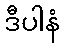
ဒီပါနံ